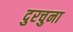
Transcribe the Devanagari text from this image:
दुरचुना